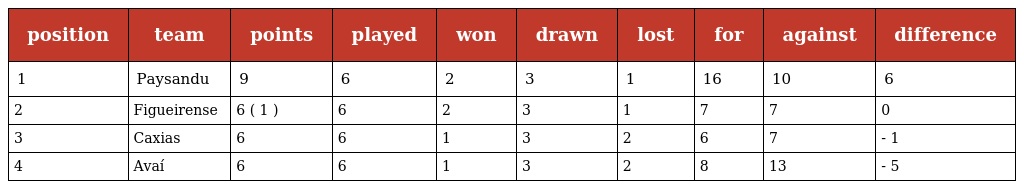
| position | team | points | played | won | drawn | lost | for | against | difference |
 | --- | --- | --- | --- | --- | --- | --- | --- | --- | --- |
 | 1 | Paysandu | 9 | 6 | 2 | 3 | 1 | 16 | 10 | 6 |
 | 2 | Figueirense | 6 ( 1 ) | 6 | 2 | 3 | 1 | 7 | 7 | 0 |
 | 3 | Caxias | 6 | 6 | 1 | 3 | 2 | 6 | 7 | - 1 |
 | 4 | Avaí | 6 | 6 | 1 | 3 | 2 | 8 | 13 | - 5 |